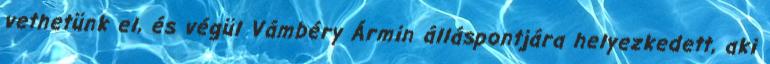
vethetünk el, és végül Vámbéry Ármin álláspontjára helyezkedett, aki